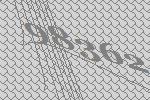
98362